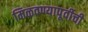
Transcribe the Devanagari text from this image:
मिळवण्यापूर्वीची